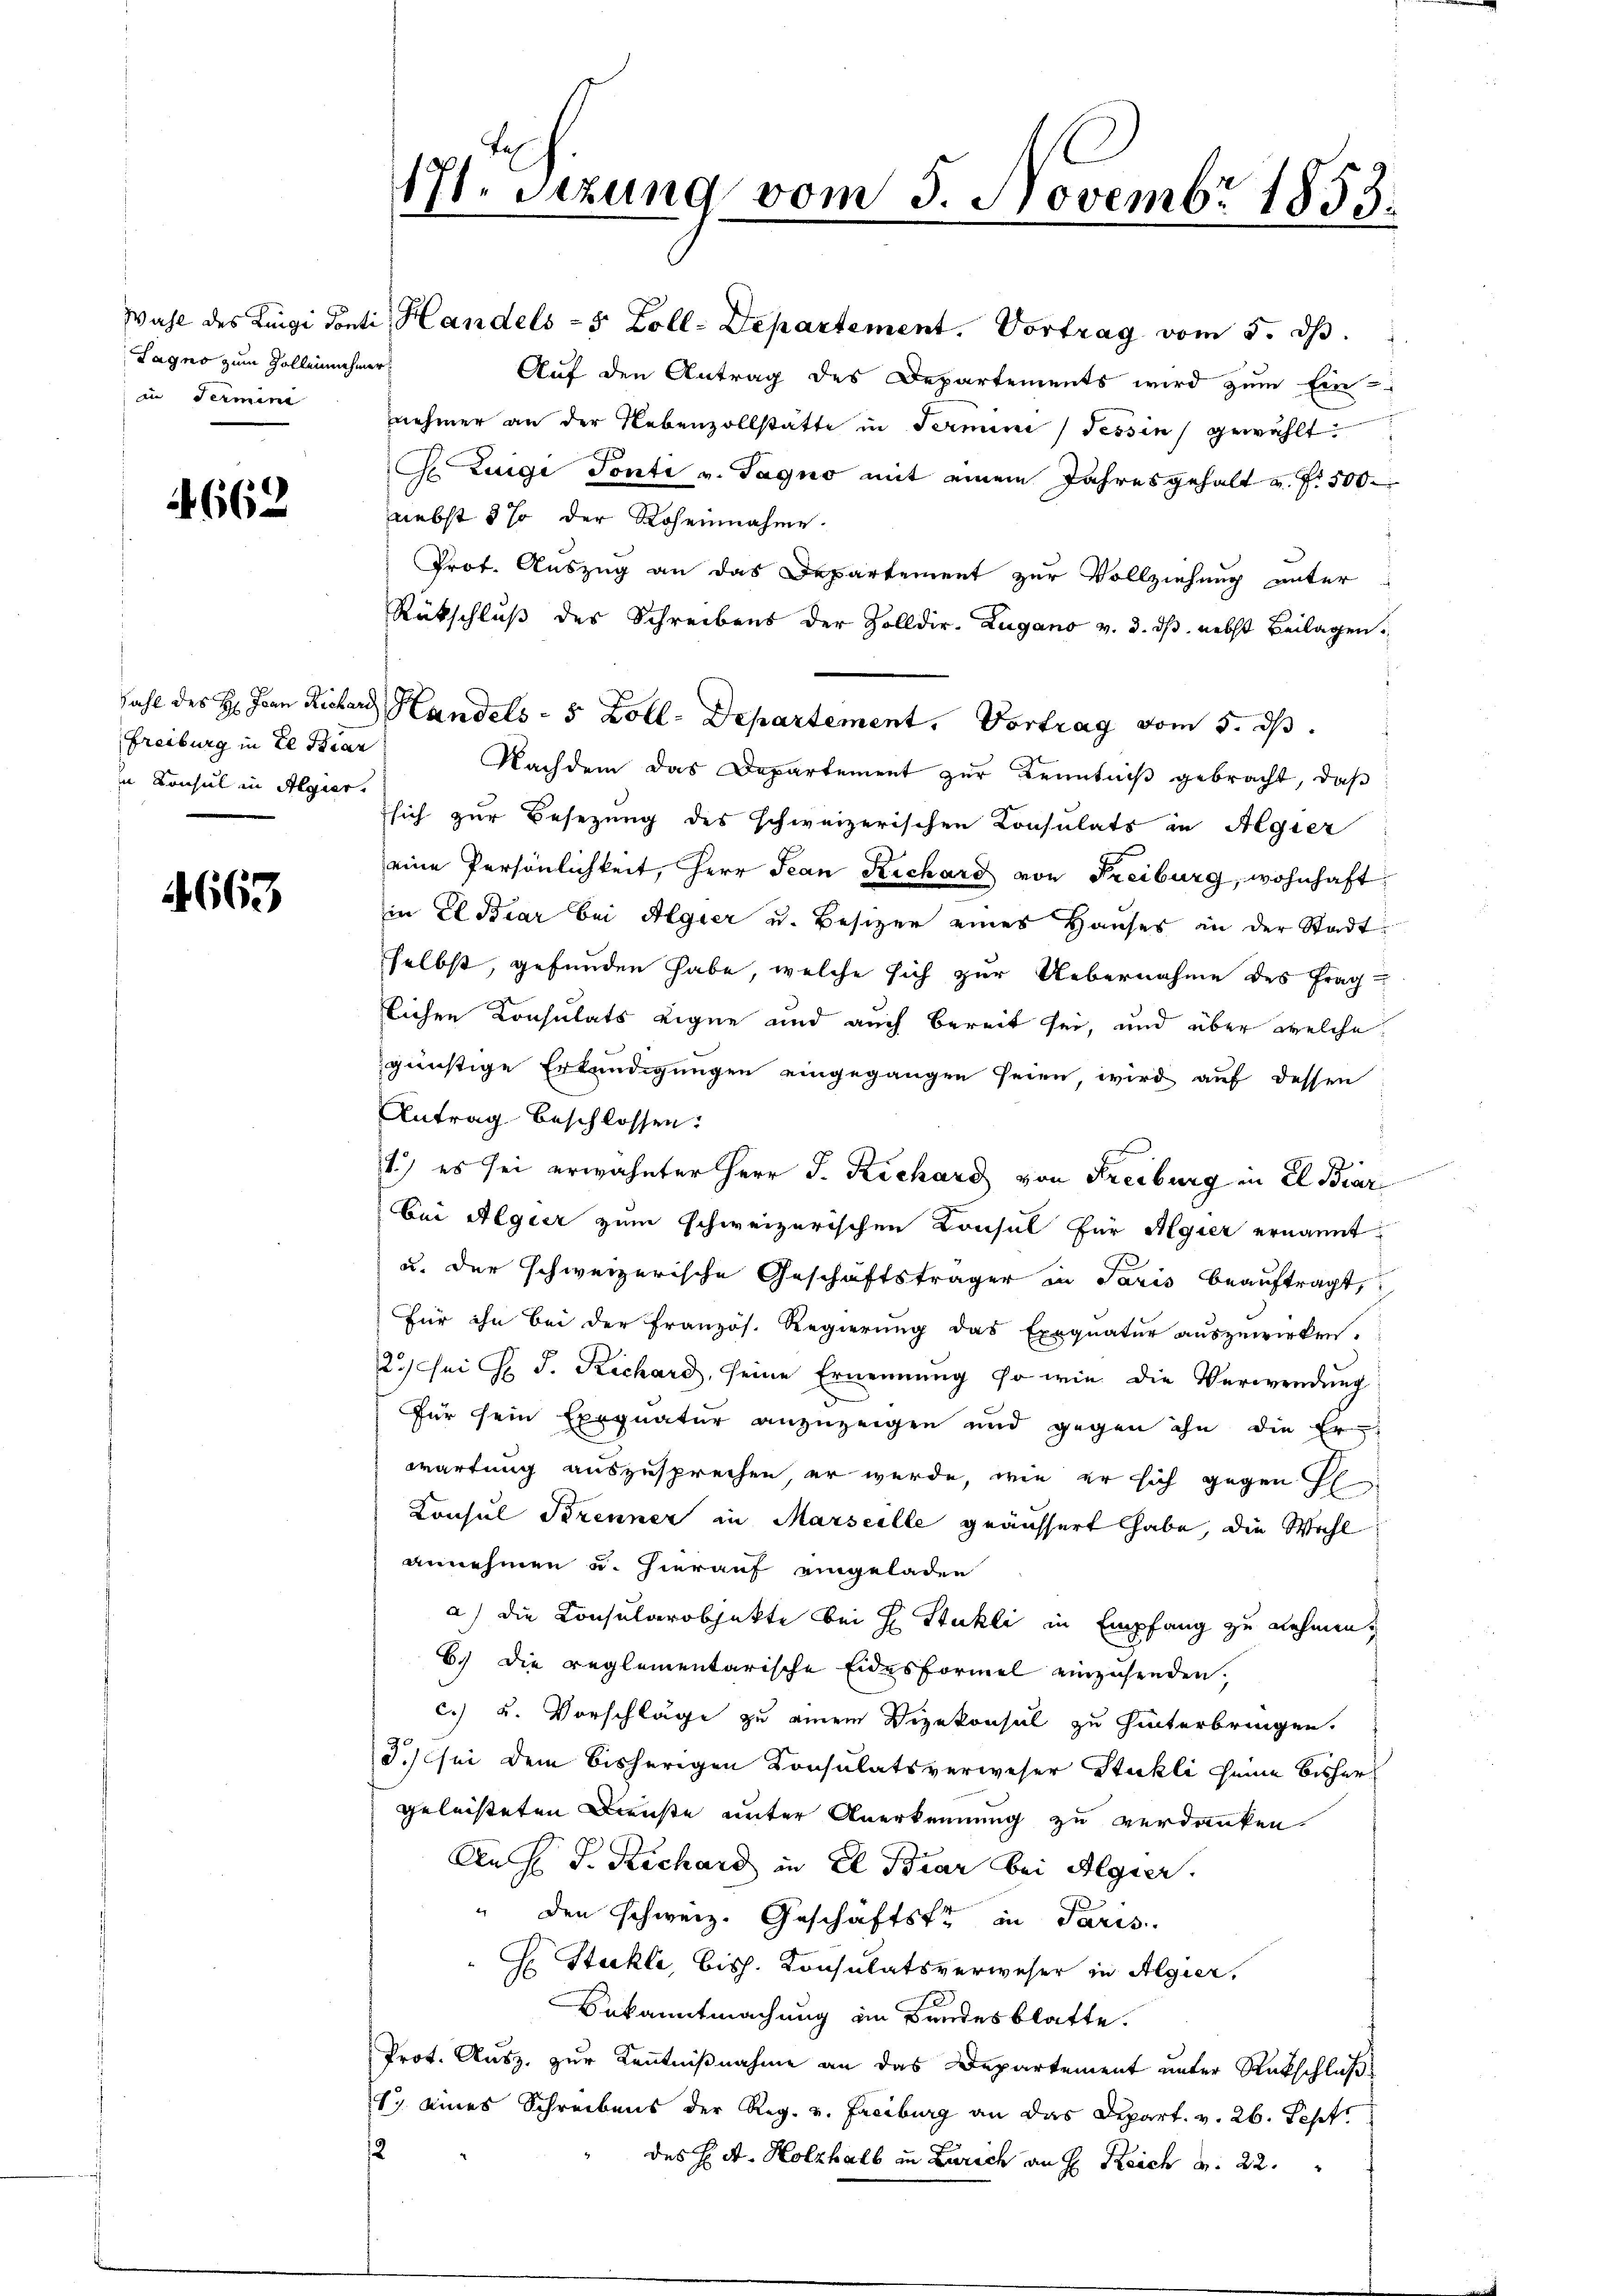
Tagno zum Zolleinehmer
in Termine

4662

Freiburg in Ee Bran
in Konsul in Algier

4663

171. Sezung vom 3. Novembr 1853.
4

Wahl des Lingi Ponti, Handels - 5 Zoll-Departement. Vortrag vom 5. d.
Auf den Antrag des Departements wird zum Ein-
nehmer an der Nebenzollstätte in Termini (Tessin gewählt.
Ge Luigi Ponti v. Sagno mit einem Jahresgehalt u. f. 500
nebst 5 % der Roheinnahme.
Prot. Auszug an das Departement zur Vollziehung unter
Rückschluß des Schreibens der Zolldir. Zugano v. 3. dβ. nebst Beilagen,
Nachdem das Departement zur Kenntniß gebracht, daß
sich zur Besezung des schweizerischen Consulats in Algier
eine Persönlichkeit, Herr Jean Richard von Freiburg, wohnhaft
in Eliar bei Algier u. Besizer eines Hauses an der Stadt
selbst, gefunden habe, welche sich zur Uebernahme des Frag
lichen Konsulats eigne und auch bereit sei, und über welche
günstige Erkundigungen eingegangen seien wird auf dessen
Antrag beschlossen:
1) es sei erwähnter Herr J. Richard von Freiburg in El Biarbei Algier zum schweizerischen Konsul für Algier ernannt.
u. der schweizerische Geschäftsträger in Paris beauftragt,
Für ihn bei der Französ. Regierung das Exequatur auszuwirken.
2) sei Hr. J. Richard, seine Ernennung so wie die Verwendung
Für sein Exequatur anzuzeigen und gegen ihn die Er
wartung auszusprechen, er werde, wie er sich gegen H
Consul Trenner in Marseille geäussert habe, die Wahl
annehmen u. hierauf eingeladen
a) die Consularobjekte bei H. Stukli in Empfang zu nehmen,
6.) Die reglementarische Eidesformel einzusenden,
c.) u. Vorschläge zu einem Vizekonsul zu hinterbringen.
3.) sei dem bisherigen Konsulatsverweser Stukli seine bisher
geleisteten Dienste unter Anerkennung zu verdanken.
An J. J. Richard in El Brar bei Algier
" den schweiz. Geschäftsfr. in Paris.
H. Stuckle, bish. Konsulatsverweser in Algier,
Bekanntmachung im Bandesblatte.
Prot. Ausz. zur Kenntnißnahme an das Departement unter Ratschluß
1) eines Schreibens der Reg. v. Freiburg an das Depart. v. 26. Sept.
12
des H. A. Holzhalb in Zürich an H: Reich d. 22.

Zahl des H: Jean Richard Handels - 5 Zoll-Departement. Vortrag vom 5. ds.